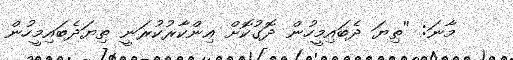
މާނަ: ''ތިޔަ ދެބައިމީހުން ދޮގުކޮށް އިންކާރުކުރަނީ ތިޔަދެބައިމީހުން